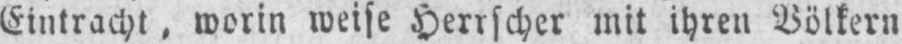
Eintracht, worin weise Herrscher mit ihren Völkern